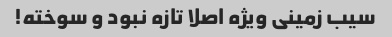
سیب زمینی ویژه اصلا تازه نبود و سوخته!